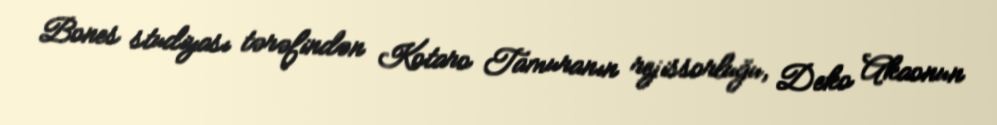
Bones studiyası tərəfindən Kotaro Tamuranın rejissorluğu, Deko Akaonun